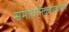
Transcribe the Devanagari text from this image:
समाधानकारकपणे